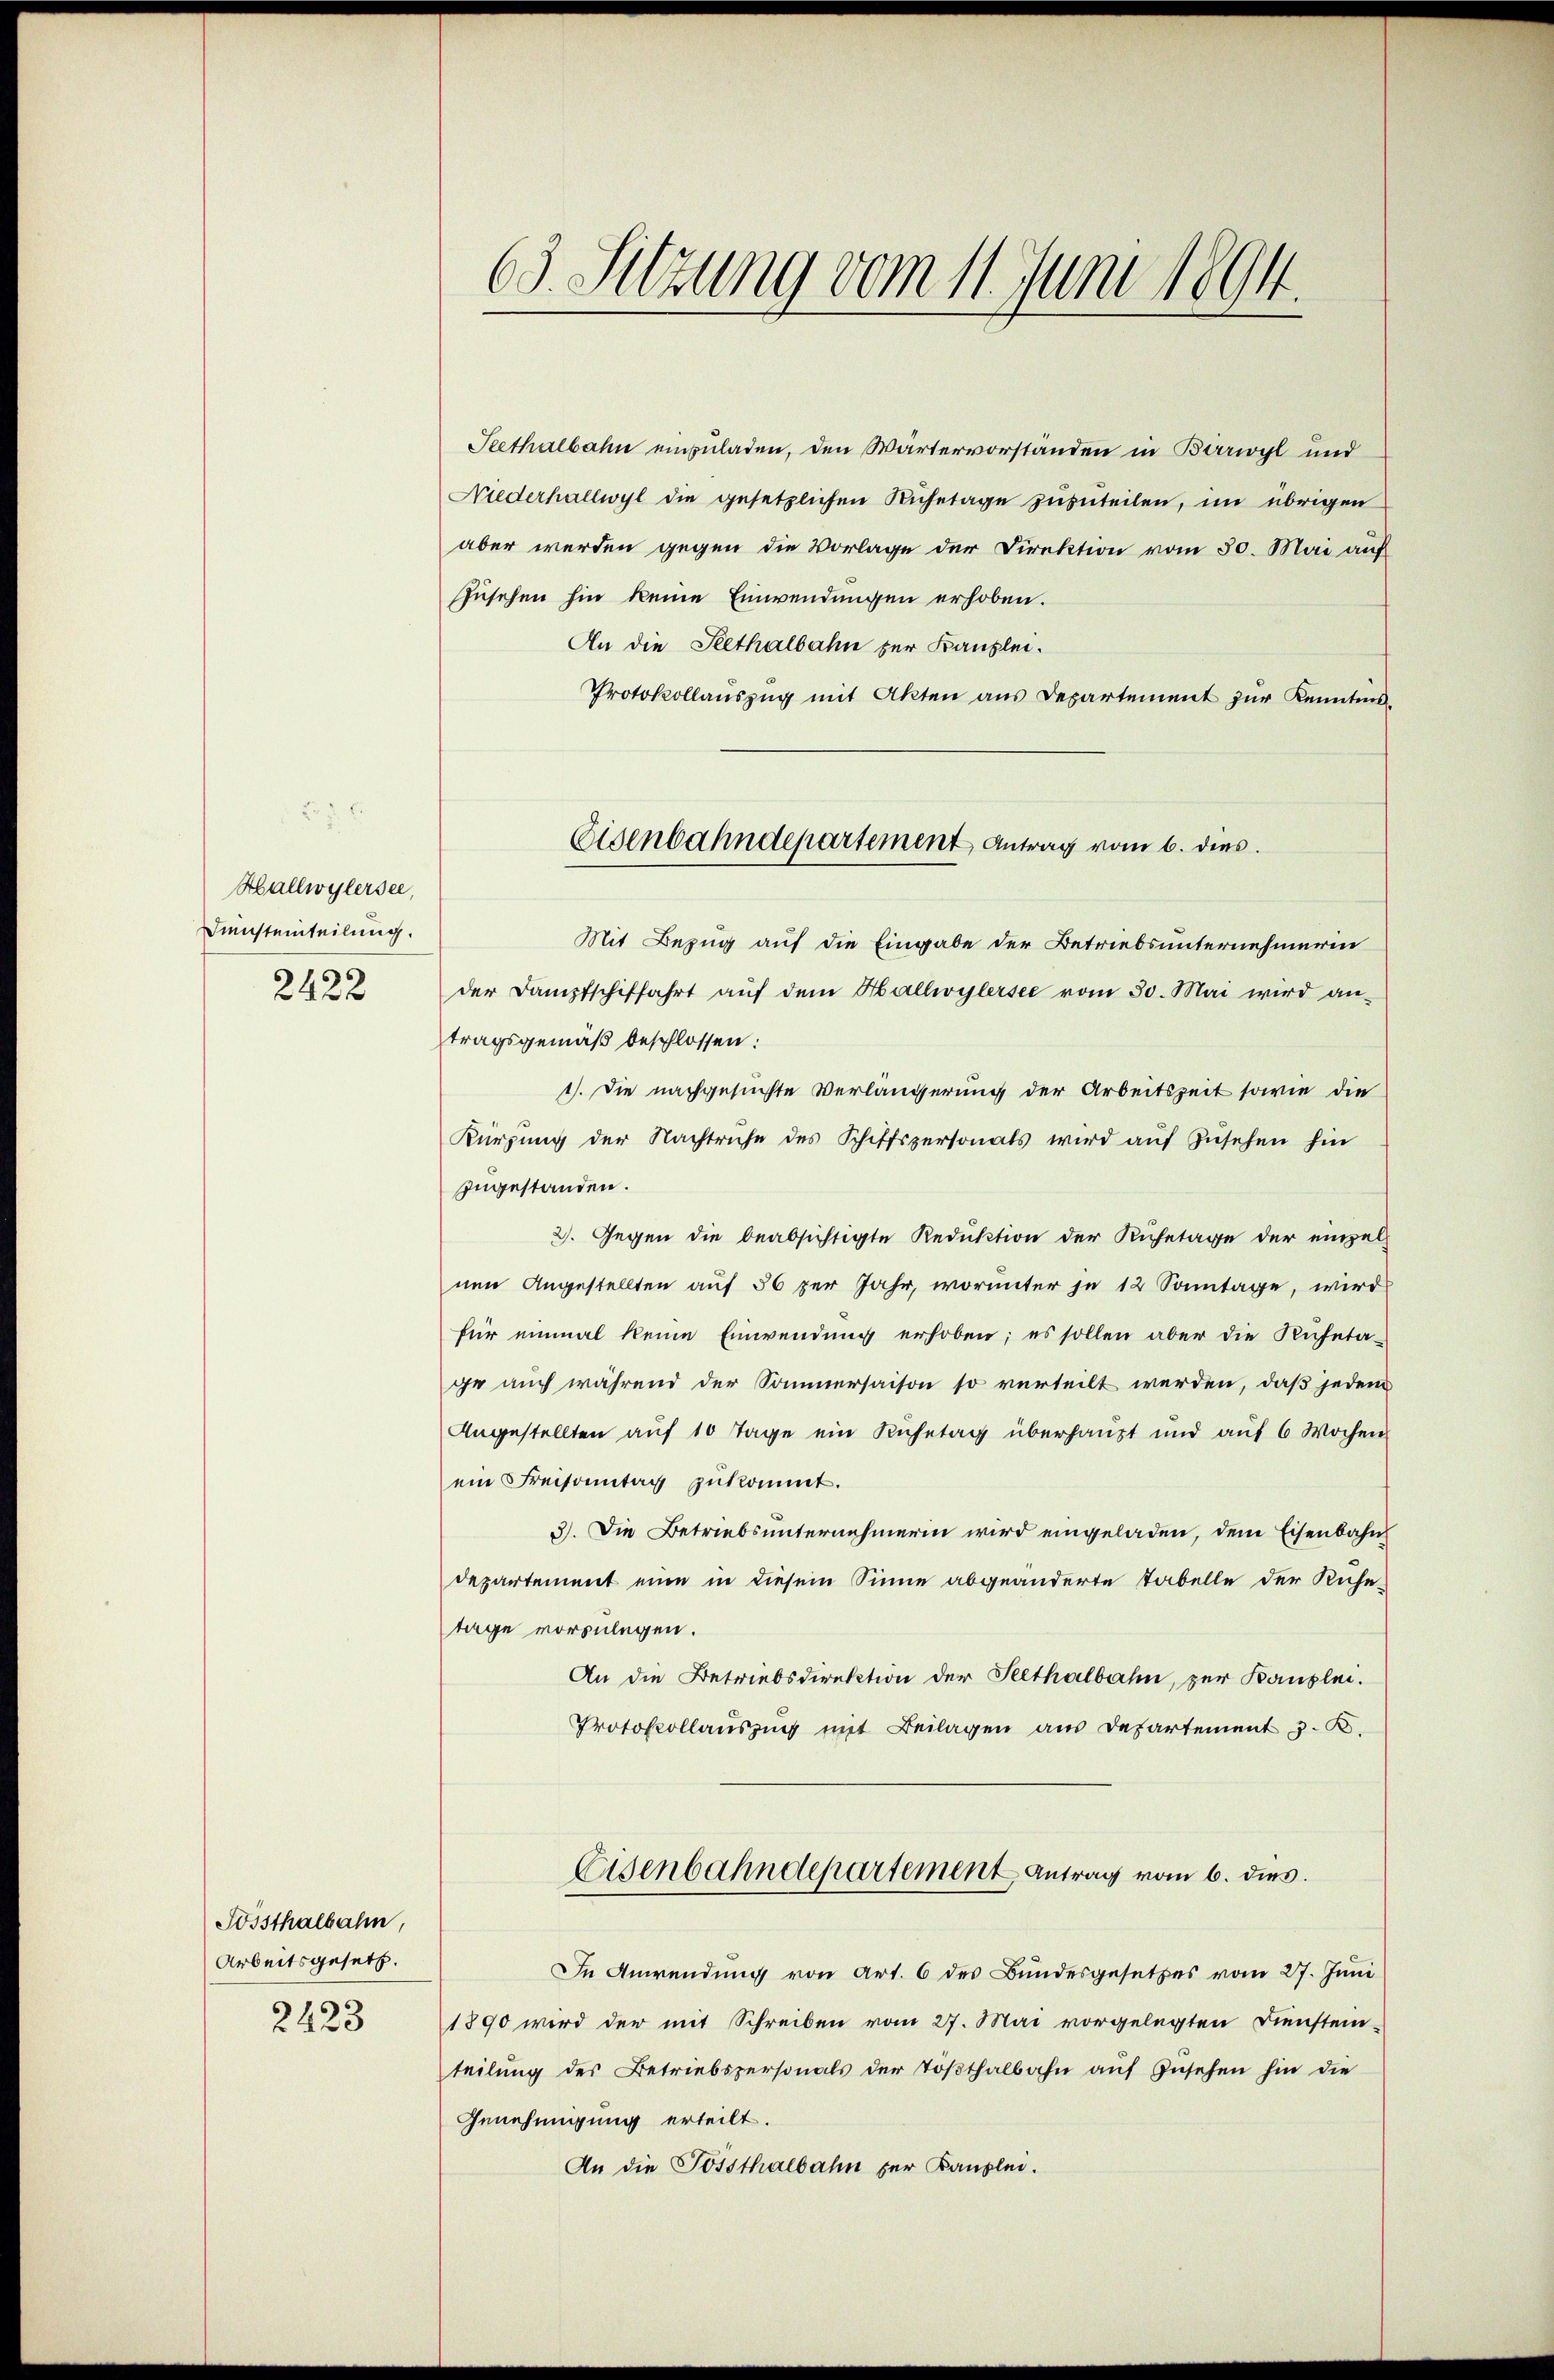
Hallwylersee,
Diensteinteilung.
2422

Sossthalbahn,
Arbeitsgesetz.
2423

69. Sitzung vom 11. Juni 1894

Rethalbahn einzuladen, den Wärtervorständen in Birwyl und
Niederhallwyl die gesetzlichen Rŭhetage zuzuteilen, im übrigen
aber werden gegen die Vorlage der Direktion vom 30. Mai auf
zusehen hin keine Einwendungen erhoben.
An die Klethalbahn zur Kanzlei.
Protokollauszug mit Akten aus Departement zur Kenntnis
Mit Bezug auf die Eingabe der Betriebsunternehmerin
der Dampfschiffahrt aŭf dem Hallwylersee vom 30. Mai wird an-
tragsgemäß beschlossen:
1). Die nachgesuchte Verlängerung der Arbeitszeit sowie die
Kürzung der Nachtruhe des Schiffspersonals wird aŭf Zŭsehen hin
zugestanden.
2). Gegen die beabsichtigte Reduktion der Ruhetage der einzel-
nen Angestellten auf 56 per Jahr, worunter je 12 Sontage, wird
für einmal keine Einwendung erhoben; es sollen aber die Ruheta-
ge auch während der Sommersaison so verteilt werden, daß jedem
Angestellten auf 10 Tage ein Ruhetag überhaupt und auf 6 Wochen
ein Freisonntag zukommt.
3). Die Betriebsunternehmerin wird eingeladen, dem Eisenbahndepartement eine in diesem Sinne abgeänderte Tabelle der Kühe-
tage vorzulegen.
An die Betriebsdirektion der Seethalbahn, zur Kanzlei.
Protokollauszung mit Beilagen aus Departement z. B.
Eisenbahndepartement Antrag vom 6. dies.
In Anwendung von Art. 6 des Bundesgesetzes vom 27. Juni
1890 wird der mit Schreiben vom 27. Mai vorgelegten Dienstei-
teilŭng des Betriebspersonals der Tößthalbahn aŭf Zŭsehen hin die
Genehmigung erteilt.
An die Possthalbahn für Kanzlei.

Eisenbahndepartement Antrag vom 6. dies